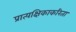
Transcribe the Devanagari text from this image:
प्रात्यक्षिकाकरिता